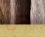
لكن